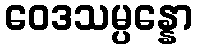
ဝေဒသမ္ပန္နော